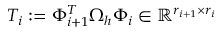
T _ { i } : = \Phi _ { i + 1 } ^ { T } \Omega _ { h } \Phi _ { i } \in \mathbb { R } ^ { r _ { i + 1 } \times r _ { i } }